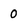
Character: 0